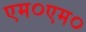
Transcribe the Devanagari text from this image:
एम०एम०